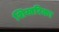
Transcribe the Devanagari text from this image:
शिखरिका